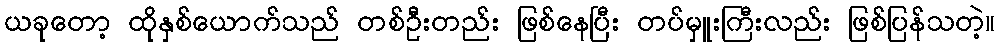
ယခုတော့ ထိုနှစ်ယောက်သည် တစ်ဦးတည်း ဖြစ်နေပြီး တပ်မှူးကြီးလည်း ဖြစ်ပြန်သတဲ့။